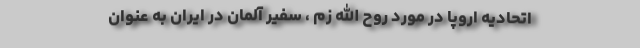
اتحادیه اروپا در مورد روح الله زم ، سفیر آلمان در ایران به عنوان